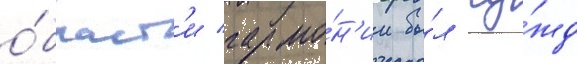
о́бласт'и гармо́н'ии бы́л чу́жд